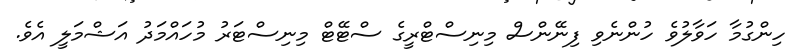
ހިންގުމާ ހަވާލުވެ ހުންނެވި ފިނޭންސް މިނިސްޓްރީގެ ސްޓޭޓް މިނިސްޓަރު މުހައްމަދު އަޝްމަލީ އެވެ.